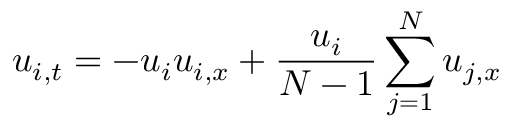
u _ { i , t } = - u _ { i } u _ { i , x } + { \frac { u _ { i } } { N - 1 } } \sum _ { j = 1 } ^ { N } u _ { j , x }